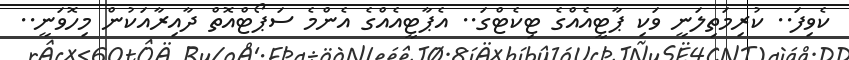
ކެވިފަ.. ކުރިމަތިލަނީ ވަކި ޕާޓީއެއްގެ ޓިކެޓްގަ.. އެޕާޓީއެއްގެ އެންމެ ސަޕޯޓްއޮތް ދާއިރާއަކުން މިހޮވަނީ..